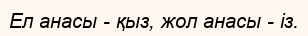
Ел анасы - қыз, жол анасы - із.